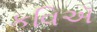
કવિઍ